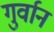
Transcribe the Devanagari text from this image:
गुर्वान